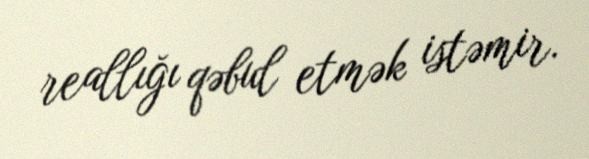
reallığı qəbul etmək istəmir.